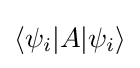
\langle \psi _{i}|A|\psi _{i}\rangle